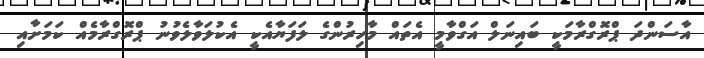
އާސަންދަ ޕްރޮގްރާމަކީ ބައިނަލް އަގްވާމީ އެތައް މާހިރުންގެ ލަފަޔާއެކީ އެކުލަވާލެވުނު ޕްރޮގްރާމެއް ކަމަށާއި